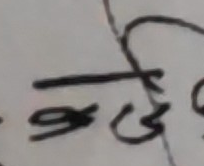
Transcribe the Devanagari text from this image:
= डी